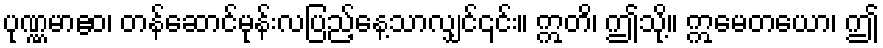
ပုဏ္ဏမာဧဝ၊ တန်ဆောင်မုန်းလပြည့်နေ့သာလျှင်၎င်း။ ဣတိ၊ ဤသို့။ ဣမေတယော၊ ဤ